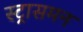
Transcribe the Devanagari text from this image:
स्ट्रासमन